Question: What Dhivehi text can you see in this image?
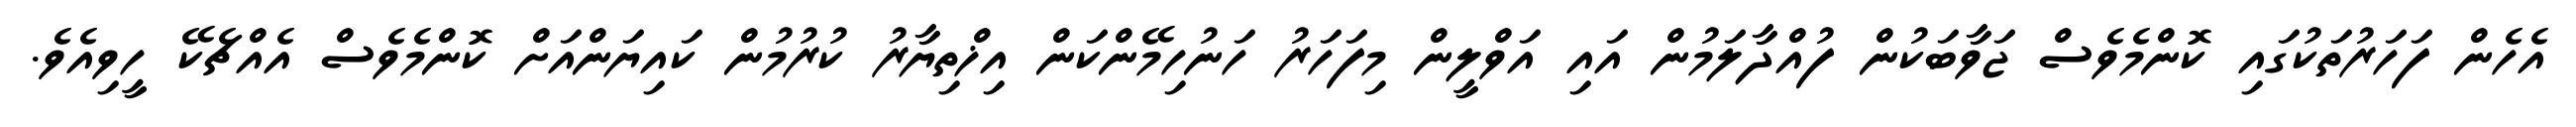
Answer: އެހެން ފަހަރުތަކުގައި ކޮންމެވެސް ޖަވާބަކުން ފުއްދާލަމުން އައި އަވްލީން މިފަހަރު ހަނުހިމޭންކަން އިޚްތިޔާރު ކުރުމުން ކައިޔަންއަށް ކޮންމެވެސް އެއްޗެކޭ ހީވިއެވެ.